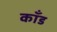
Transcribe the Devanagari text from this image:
कॉंड